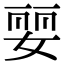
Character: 婯